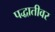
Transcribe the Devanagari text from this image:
पद्धातीवर